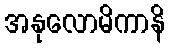
အနုလောမိကာနိ